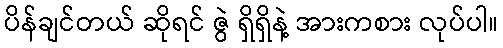
ပိန်ချင်တယ် ဆိုရင် ဇွဲ ရှိရှိနဲ့ အားကစား လုပ်ပါ။